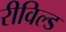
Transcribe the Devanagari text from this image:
रीविल्ड